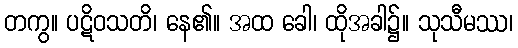
တကွ။ ပဋိဝသတိ၊ နေ၏။ အထ ခေါ၊ ထိုအခါ၌။ သုသီမဿ၊